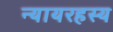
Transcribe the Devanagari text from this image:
न्यायरहस्य